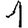
Digit: 1